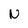
Character: N